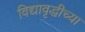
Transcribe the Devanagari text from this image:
विद्यावृद्धीच्या